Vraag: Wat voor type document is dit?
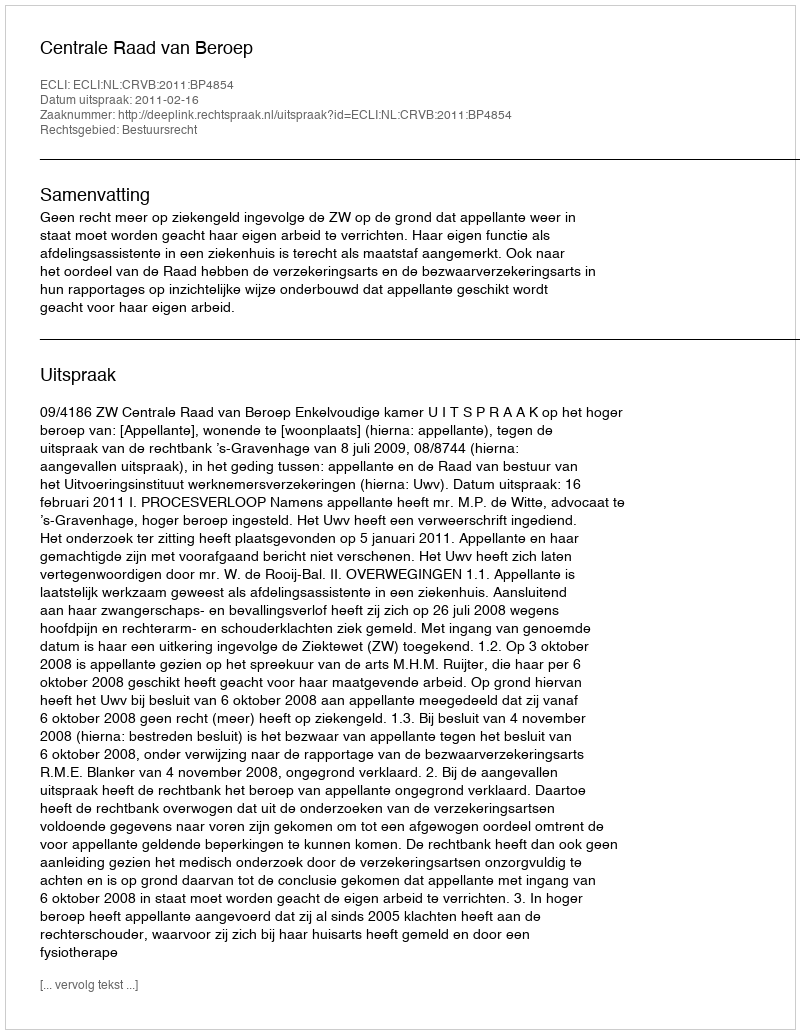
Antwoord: Uitspraak